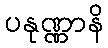
ပနုဏ္ဏာနိ